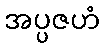
အပ္ပဇဟံ